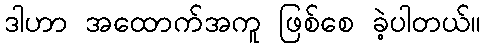
ဒါဟာ အထောက်အကူ ဖြစ်စေ ခဲ့ပါတယ်။